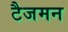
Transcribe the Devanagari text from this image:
टैजमन